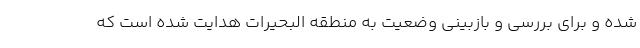
شده و برای بررسی و بازبینی وضعیت به منطقه البحیرات هدایت شده است که